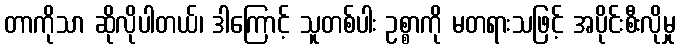
တာကိုသာ ဆိုလိုပါတယ်၊ ဒါကြောင့် သူတစ်ပါး ဥစ္စာကို မတရားသဖြင့် အပိုင်းစီးလိုမှု